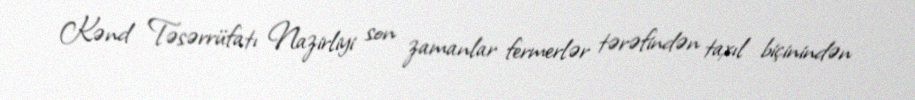
Kənd Təsərrüfatı Nazirliyi son zamanlar fermerlər tərəfindən taxıl biçinindən